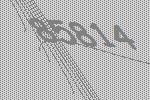
85814